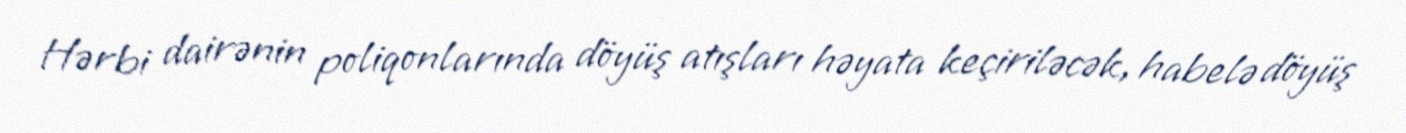
Hərbi dairənin poliqonlarında döyüş atışları həyata keçiriləcək, habelə döyüş